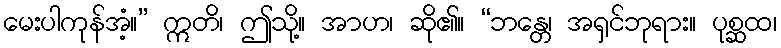
မေးပါကုန်အံ့။” ဣတိ၊ ဤသို့။ အာဟ၊ ဆို၏။ “ဘန္တေ၊ အရှင်ဘုရား။ ပုစ္ဆထ၊